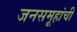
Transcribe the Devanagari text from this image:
जनसमूहांची